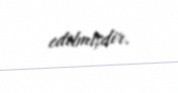
edilmişdir.